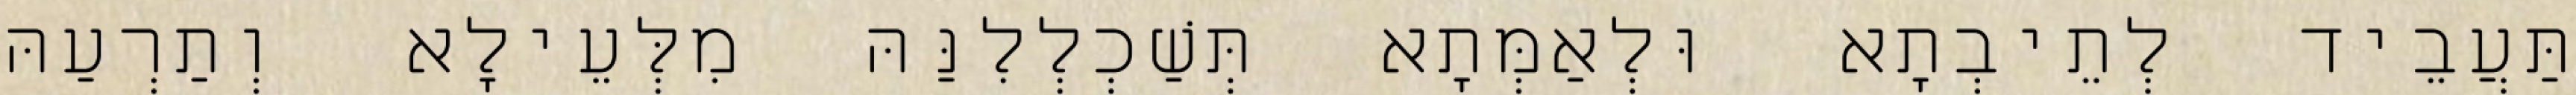
תַּעֲבֵיד לְתֵיבְתָא וּלְאַמְּתָא תְּשַׁכְלְלִנַּהּ מִלְּעֵילָא וְתַרְעַהּ